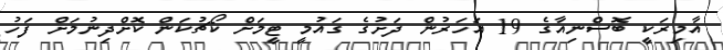
އާމިރަކީ ބޮސްނިއާގެ 19 އަހަރުން ދަށުގެ ގައުމީ ޓީމަށް ކޯޗުކަން ކޮށްދިނުމަށް ފަހު